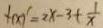
f ( x ) ^ { \prime } = 2 x - 3 + \frac { 1 } { x }